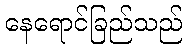
နေရောင်ခြည်သည်